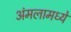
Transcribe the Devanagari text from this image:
अंमलामध्यें